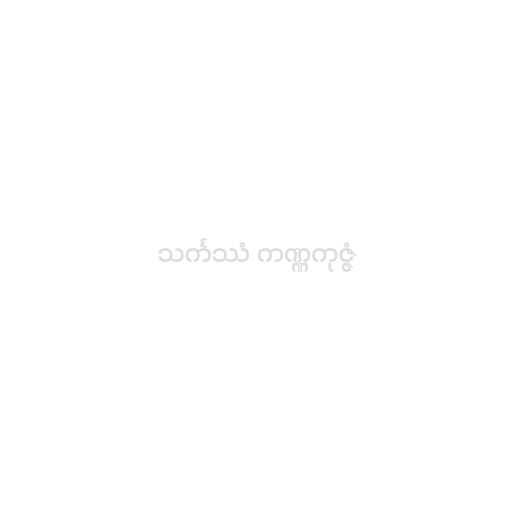
သင်္ကဿံ ကဏ္ဏကုဇ္ဇံ